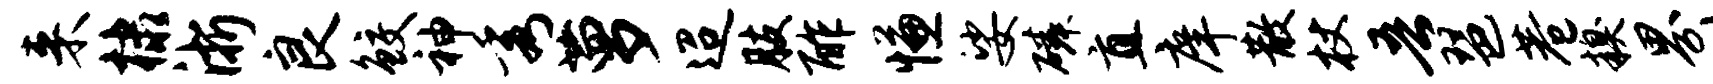
来棣浙良鲛神秀萝迢肢酢慊娑磷直庠散杖吾琶巷糗界刈